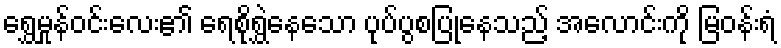
ရွှေမှုန်ဝင်းလေး၏ ရေစိုရွှဲနေသော ပုပ်ပွစပြုနေသည့် အလောင်းကို မြဝန်းရံ